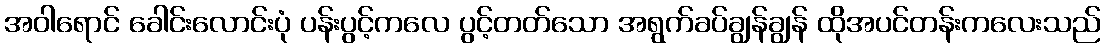
အဝါရောင် ခေါင်းလောင်းပုံ ပန်းပွင့်ကလေ ပွင့်တတ်သော အရွက်ခပ်ချွန်ချွန် ထိုအပင်တန်းကလေးသည်